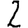
Digit: 2